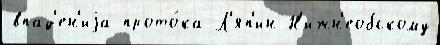
впад'ен'иjа прото́ка Л'яп'ин Н'ижн'еобскому